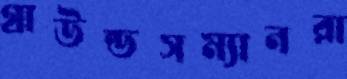
গ্রাউন্ডসম্যানরা